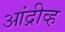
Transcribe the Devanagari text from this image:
आंद्रीव्ह